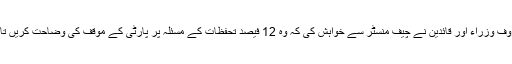
چیف منسٹر کے قریبی ذرائع کے مطابق انتخابی مہم میں مصروف وزراء اور قائدین نے چیف منسٹر سے خواہش کی کہ وہ 12 فیصد تحفظات کے مسئلہ پر پارٹی کے موقف کی وضاحت کریں تاکہ ورنگل کے مسلم اقلیتی رائے دہندوں کو مطمئن کیا جاسکے۔